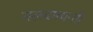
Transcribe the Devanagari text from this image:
नलदमयन्ती